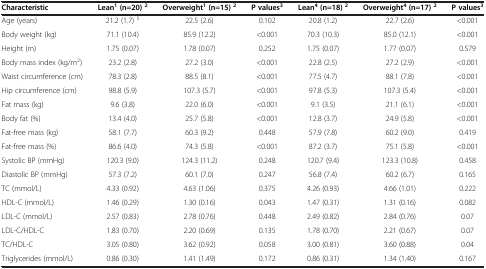
<table><thead><tr><td><b>Characteristic</b></td><td><b>Lean<sup>1</sup>(n=20) <sup>2</sup></b></td><td><b>Overweight<sup>1</sup>(n=15) <sup>2</sup></b></td><td><b>P values<sup>3</sup></b></td><td><b>Lean<sup>4</sup>(n=18) <sup>2</sup></b></td><td><b>Overweight<sup>4</sup>(n=17) <sup>2</sup></b></td><td><b>P values<sup>3</sup></b></td></tr></thead><tbody><tr><td>Age (years)</td><td>21.2 (1.7) <sup>5</sup></td><td>22.5 (2.6)</td><td>0.102</td><td>20.8 (1.2)</td><td>22.7 (2.6)</td><td>&lt;0.001</td></tr><tr><td>Body weight (kg)</td><td>71.1 (10.4)</td><td>85.9 (12.2)</td><td>&lt;0.001</td><td>70.3 (10.3)</td><td>85.0 (12.1)</td><td>&lt;0.001</td></tr><tr><td>Height (m)</td><td>1.75 (0.07)</td><td>1.78 (0.07)</td><td>0.252</td><td>1.75 (0.07)</td><td>1.77 (0.07)</td><td>0.579</td></tr><tr><td>Body mass index (kg/m<sup>2</sup>)</td><td>23.2 (2.8)</td><td>27.2 (3.0)</td><td>&lt;0.001</td><td>22.8 (2.5)</td><td>27.2 (2.9)</td><td>&lt;0.001</td></tr><tr><td>Waist circumference (cm)</td><td>78.3 (2.8)</td><td>88.5 (8.1)</td><td>&lt;0.001</td><td>77.5 (4.7)</td><td>88.1 (7.8)</td><td>&lt;0.001</td></tr><tr><td>Hip circumference (cm)</td><td>98.8 (5.9)</td><td>107.3 (5.7)</td><td>&lt;0.001</td><td>97.8 (5.3)</td><td>107.3 (5.4)</td><td>&lt;0.001</td></tr><tr><td>Fat mass (kg)</td><td>9.6 (3.8)</td><td>22.0 (6.0)</td><td>&lt;0.001</td><td>9.1 (3.5)</td><td>21.1 (6.1)</td><td>&lt;0.001</td></tr><tr><td>Body fat (%)</td><td>13.4 (4.0)</td><td>25.7 (5.8)</td><td>&lt;0.001</td><td>12.8 (3.7)</td><td>24.9 (5.8)</td><td>&lt;0.001</td></tr><tr><td>Fat-free mass (kg)</td><td>58.1 (7.7)</td><td>60.3 (9.2)</td><td>0.448</td><td>57.9 (7.8)</td><td>60.2 (9.0)</td><td>0.419</td></tr><tr><td>Fat-free mass (%)</td><td>86.6 (4.0)</td><td>74.3 (5.8)</td><td>&lt;0.001</td><td>87.2 (3.7)</td><td>75.1 (5.8)</td><td>&lt;0.001</td></tr><tr><td>Systolic BP (mmHg)</td><td>120.3 (9.0)</td><td>124.3 (11.2)</td><td>0.248</td><td>120.7 (9.4)</td><td>123.3 (10.8)</td><td>0.458</td></tr><tr><td>Diastolic BP (mmHg)</td><td>57.3 (7.2)</td><td>60.1 (7.0)</td><td>0.247</td><td>56.8 (7.4)</td><td>60.2 (6.7)</td><td>0.165</td></tr><tr><td>TC (mmol/L)</td><td>4.33 (0.92)</td><td>4.63 (1.06)</td><td>0.375</td><td>4.26 (0.93)</td><td>4.66 (1.01)</td><td>0.222</td></tr><tr><td>HDL-C (mmol/L)</td><td>1.46 (0.29)</td><td>1.30 (0.16)</td><td>0.043</td><td>1.47 (0.31)</td><td>1.31 (0.16)</td><td>0.082</td></tr><tr><td>LDL-C (mmol/L)</td><td>2.57 (0.83)</td><td>2.78 (0.76)</td><td>0.448</td><td>2.49 (0.82)</td><td>2.84 (0.76)</td><td>0.07</td></tr><tr><td>LDL-C/HDL-C</td><td>1.83 (0.70)</td><td>2.20 (0.69)</td><td>0.135</td><td>1.78 (0.70)</td><td>2.21 (0.67)</td><td>0.07</td></tr><tr><td>TC/HDL-C</td><td>3.05 (0.80)</td><td>3.62 (0.92)</td><td>0.058</td><td>3.00 (0.81)</td><td>3.60 (0.88)</td><td>0.04</td></tr><tr><td>Triglycerides (mmol/L)</td><td>0.86 (0.30)</td><td>1.41 (1.49)</td><td>0.172</td><td>0.86 (0.31)</td><td>1.34 (1.40)</td><td>0.167</td></tr></tbody></table>